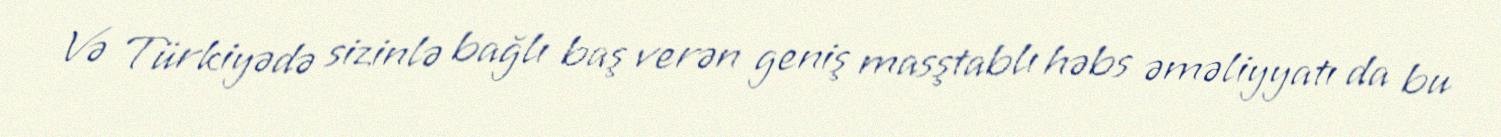
Və Türkiyədə sizinlə bağlı baş verən geniş masştablı həbs əməliyyatı da bu